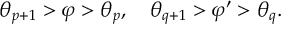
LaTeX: \theta _ { p + 1 } > \varphi > \theta _ { p } , \quad \theta _ { q + 1 } > \varphi ^ { \prime } > \theta _ { q } .